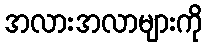
အလားအလာများကို